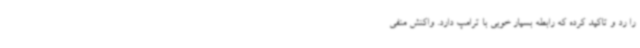
را رد و تاکید کرده که رابطه بسیار خوبی با ترامپ دارد. واکنش منفی